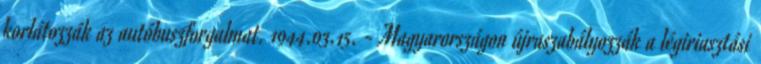
korlátozzák az autóbuszforgalmat. 1944.03.15. - Magyarországon újraszabályozzák a légiriasztási